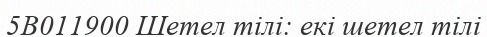
5В011900 Шетел тілі: екі шетел тілі